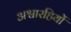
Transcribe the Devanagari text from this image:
अश्वारहियों